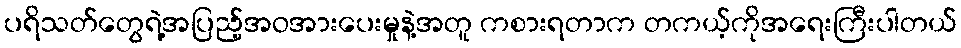
ပရိသတ်တွေရဲ့အပြည့်အဝအားပေးမှုနဲ့အတူ ကစားရတာက တကယ့်ကိုအရေးကြီးပါတယ်